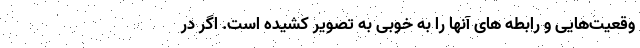
وقعیت‌هایی و رابطه های آنها را به خوبی به تصویر کشیده است. اگر در